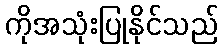
ကိုအသုံးပြုနိုင်သည်